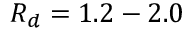
R _ { d } = 1 . 2 - 2 . 0